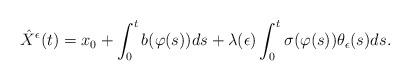
LaTeX: \begin{align*}\hat{X}^{\epsilon}(t)&=x_{0}+\int^{t}_{0}b(\varphi(s))ds+\lambda(\epsilon)\int^{t}_{0}\sigma(\varphi(s))\theta_{\epsilon}(s)ds.\end{align*}